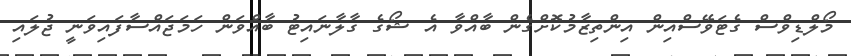
މޯލްޑިވްސް ގެޓަވޭސްއިން އިންތިޒާމުކޮށްގެން ބާއްވާ އެ ޝޯގެ ގާލާނައިޓު ބާއްވަން ހަމަޖައްސާފައިވަނީ ޖުލައި